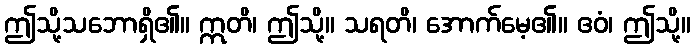
ဤသို့သဘောရှိ၏။ ဣတိ၊ ဤသို့။ သရတိ၊ အောက်မေ့၏။ ဧဝံ၊ ဤသို့။